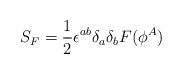
\begin{align*}S_F = {1\over 2} \epsilon^{ab}\delta_a\delta_b F(\phi^A)\end{align*}